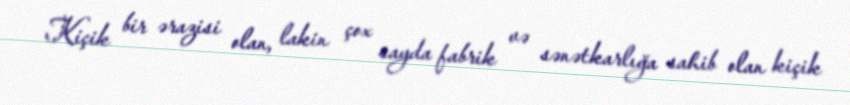
Kiçik bir ərazisi olan, lakin çox sayda fabrik və sənətkarlığa sahib olan kiçik